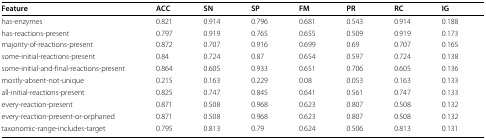
| Feature | ACC | SN | SP | FM | PR | RC | IG |
 | --- | --- | --- | --- | --- | --- | --- | --- |
 | has-enzymes | 0.821 | 0.914 | 0.796 | 0.681 | 0.543 | 0.914 | 0.188 |
 | has-reactions-present | 0.797 | 0.919 | 0.765 | 0.655 | 0.509 | 0.919 | 0.173 |
 | majority-of-reactions-present | 0.872 | 0.707 | 0.916 | 0.699 | 0.69 | 0.707 | 0.165 |
 | some-initial-reactions-present | 0.84 | 0.724 | 0.87 | 0.654 | 0.597 | 0.724 | 0.138 |
 | some-initial-and-final-reactions-present | 0.864 | 0.605 | 0.933 | 0.651 | 0.706 | 0.605 | 0.136 |
 | mostly-absent-not-unique | 0.215 | 0.163 | 0.229 | 0.08 | 0.053 | 0.163 | 0.133 |
 | all-initial-reactions-present | 0.825 | 0.747 | 0.845 | 0.641 | 0.561 | 0.747 | 0.133 |
 | every-reaction-present | 0.871 | 0.508 | 0.968 | 0.623 | 0.807 | 0.508 | 0.132 |
 | every-reaction-present-or-orphaned | 0.871 | 0.508 | 0.968 | 0.623 | 0.807 | 0.508 | 0.132 |
 | taxonomic-range-includes-target | 0.795 | 0.813 | 0.79 | 0.624 | 0.506 | 0.813 | 0.131 |